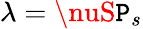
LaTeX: \lambda=\nuS\mathtt{P}_{s}